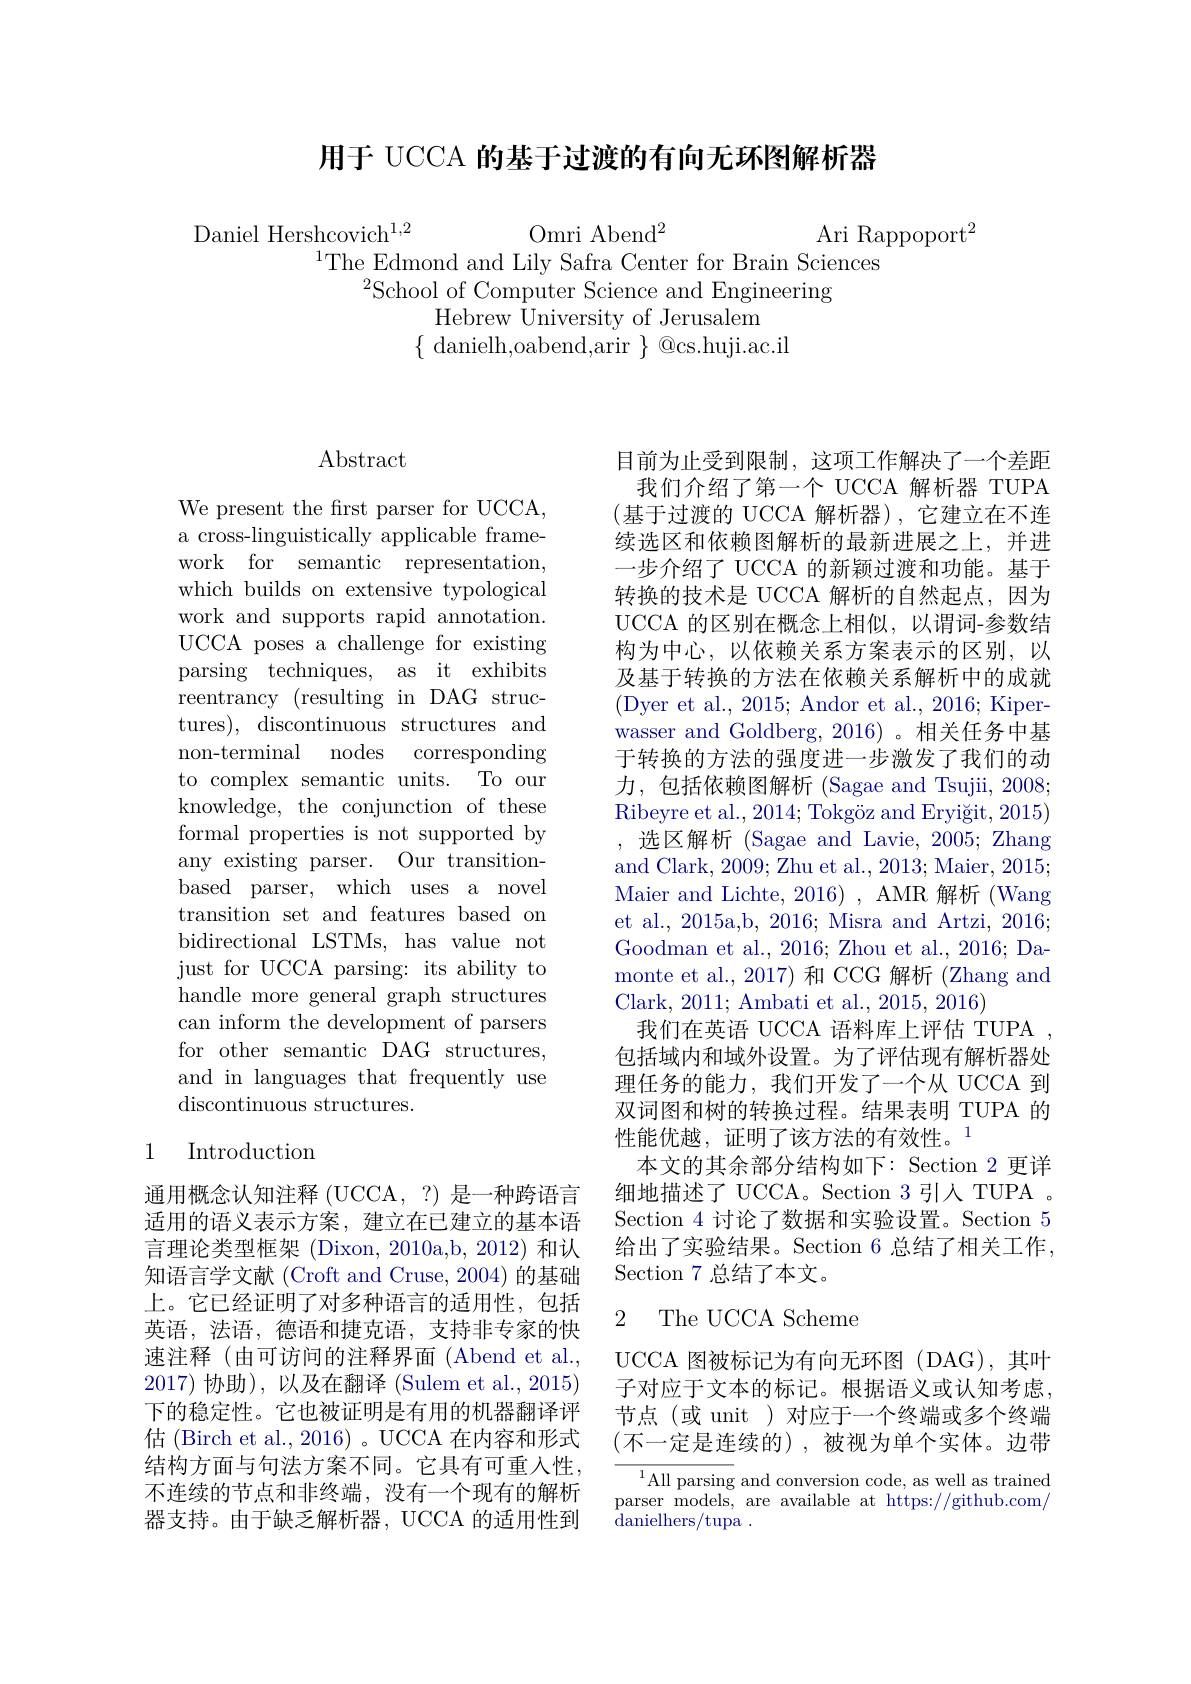
用于 UCCA 的基于过渡的有向无环图解析器

Daniel Hershcovich$^{1,2}$
$\mathrm{Omri~Abend}^2$
Ari Rappoport$^2$
$^{1}$The Edmond and Lily Safra Center for Brain Sciences
$^{2}$School of Computer Science and Engineering
Hebrew University of Jerusalem
$\{$ danielh,oabend,arir $\}$ @cs.huji.ac.il

$\operatorname{Abstract}$

We present the first parser for UCCA, a cross-linguistically applicable framework for semantic representation, which builds on extensive typological work and supports rapid annotation. UCCA poses a challenge for existing parsing techniques, as it exhibits reentrancy (resulting in DAG structures), discontinuous structures and non-terminal nodes corresponding to complex semantic units. To our knowledge, the conjunction of these formal properties is not supported by any existing parser. Our transitionbased parser, which uses a novel transition set and features based on bidirectional LSTMs, has value not just for UCCA parsing: its ability to handle more general graph structures can inform the development of parsers for other semantic DAG structures, and in languages that frequently use discontinuous structures.

## 1 Introduction

通用概念认知注释 (UCCA,?) 是一种跨语言适用的语义表示方案，建立在已建立的基本语言理论类型框架(Dixon,2010a,b,2012)和认知语言学文献 (Croft and Cruse, 2004) 的基础上。它已经证明了对多种语言的适用性，包括英语，法语，德语和捷克语，支持非专家的快速注释(由可访问的注释界面(Abend et al., 2017)协助),以及在翻译(Sulem et al.,2015) 下的稳定性。它也被证明是有用的机器翻译评估 (Birch et al., 2016) 。UCCA 在内容和形式结构方面与句法方案不同。它具有可重人性， 不连续的节点和非终端，没有一个现有的解析器支持。由于缺乏解析器，UCCA 的适用性到

目前为止受到限制，这项工作解决了一个差距我们介绍了第一个 UCCA 解析器 TUPA (基于过渡的 UCCA 解析器),它建立在不连续选区和依赖图解析的最新进展之上，并进一步介绍了 UCCA 的新颖过渡和功能。基于转换的技术是 UCCA 解析的自然起点，因为UCCA 的区别在概念上相似，以谓词-参数结构为中心，以依赖关系方案表示的区别，以及基于转换的方法在依赖关系解析中的成就(Dyer et al., 2015; Andor et al., 2016; Kiperwasser and Goldberg, 2016)。相关任务中基于转换的方法的强度进一步激发了我们的动力，包括依赖图解析 (Sagae and Tsujii, 2008; $\operatorname{Ribeyre~et~al.,~2014;~Tokg\"{o}z~and~Eryi\v{g}it,~2015)}$ ,选区解析 (Sagae and Lavie, 2005; Zhang and Clark, 2009; Zhu et al., 2013; Maier, 2015; Maier and Lichte, 2016), AMR 解析(Wang et al., 2015a,b, 2016; Misra and Artzi, 2016; Goodman et al., 2016; Zhou et al., 2016; Damonte et al.,2017)和 CCG 解析 (Zhang and Clark, 2011; Ambati et al., 2015, 2016)
我们在英语 UCCA 语料库上评估 TUPA 包括域内和域外设置。为了评估现有解析器处理任务的能力，我们开发了一个从 UCCA 到双词图和树的转换过程。结果表明 TUPA 的性能优越，证明了该方法的有效性。1
本文的其余部分结构如下：Section 2 更详细地描述了 UCCA。Section 3 引人 TUPA 。Section 4 讨论了数据和实验设置。Section 5给出了实验结果。Section 6 总结了相关工作Section 7 总结了本文。

### 2 The UCCA Scheme

UCCA 图被标记为有向无环图(DAG),其叶子对应于文本的标记。根据语义或认知考虑， 节点(或 unit)对应于一个终端或多个终端(不一定是连续的),被视为单个实体。边带

$^{1}$All parsing and conversion code, as well as trained parser models, are available at https://github.com/ danielhers/tupa .